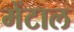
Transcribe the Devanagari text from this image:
मेंटाल